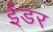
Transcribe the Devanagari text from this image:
ईंडर